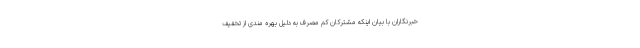
خبرنگاران با بیان اینکه مشترکان کم مصرف به دلیل بهره مندی از تخفیف